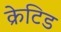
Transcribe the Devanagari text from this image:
क्रेटिड